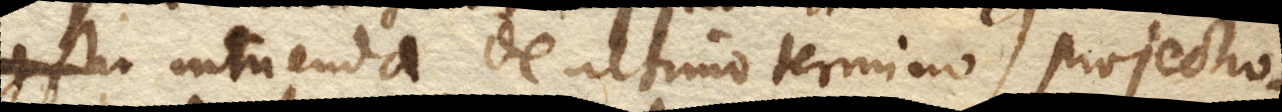
intuenda, de ultimo termino projectio–